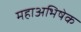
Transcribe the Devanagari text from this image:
महाअभिषेक